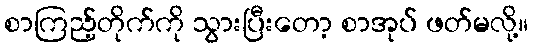
စာကြည့်တိုက်ကို သွားပြီးတော့ စာအုပ် ဖတ်မလို့။